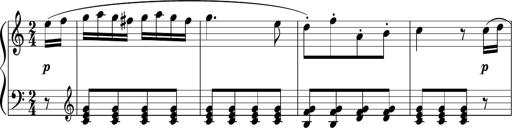
Title: 3 Sonatinen
Composer: Heinrich Lichner